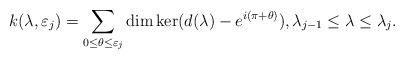
LaTeX: \begin{align*}k(\lambda,\varepsilon_j)=\sum_{0\leq\theta\leq\varepsilon_j}\dim\ker(d(\lambda)-e^{i(\pi+\theta)}),\lambda_{j-1}\leq \lambda\leq \lambda_j.\end{align*}